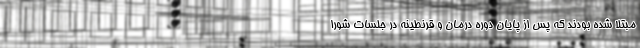
مبتلا شده بودند که پس از پایان دوره درمان و قرنطینه در جلسات شورا